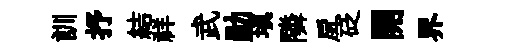
訓抒結祥武勛填隣戽砭開界